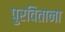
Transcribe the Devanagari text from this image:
पुरविताना